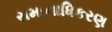
સમાનાધિકરણ